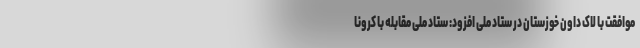
موافقت با لاک داون خوزستان در ستاد ملی افزود: ستاد ملی مقابله با کرونا